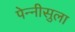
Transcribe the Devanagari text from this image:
पेन्‍नीसुला